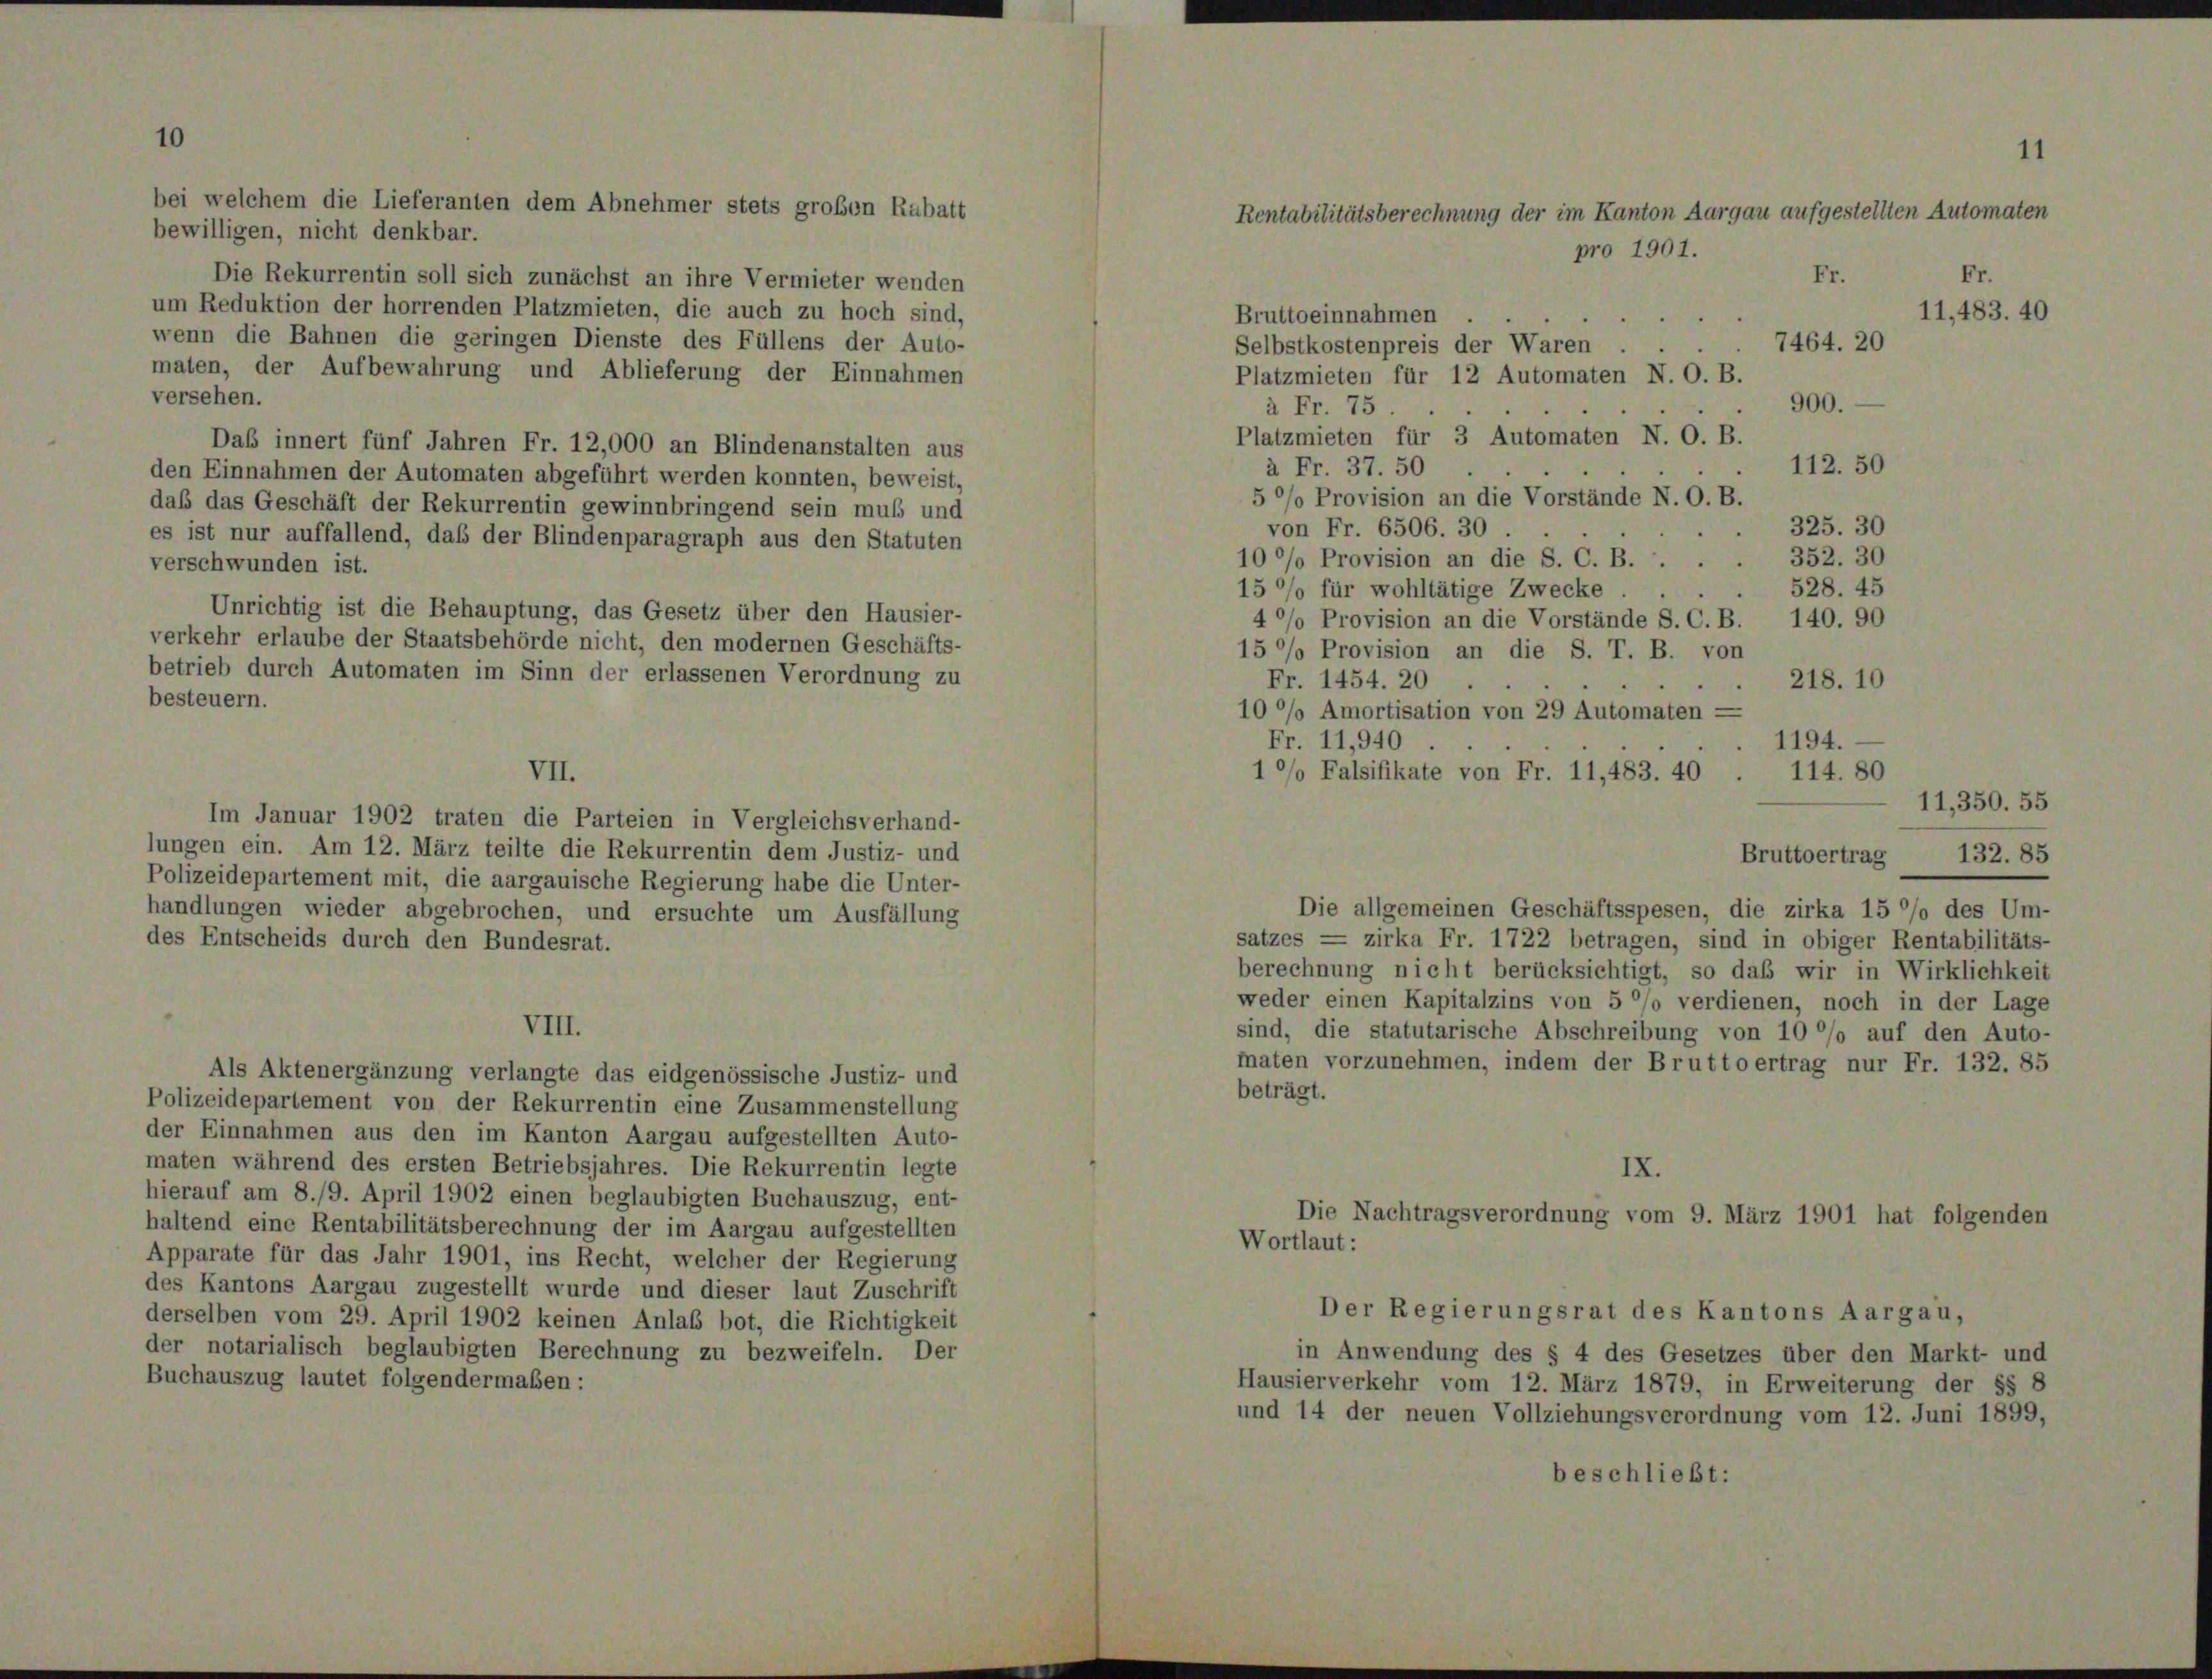
10

bei welchem die Lieferanten dem Abnehmer stets großen Rabatt

bewilligen, nicht denkbar.
Die Rekurrentin soll sich zunächst an ihre Vermieter wenden
um Reduktion der horrenden Platzmieten, die auch zu hoch sind,
wenn die Bahnen die geringen Dienste des Füllens der Auto-
maten, der Aufbewahrung und Ablieferung der Einnahmen
versehen.
Daß innert fünf Jahren Fr. 12,000 an Blindenanstalten aus
den Einnahmen der Automaten abgeführt werden konnten, beweist,
daß das Geschäft der Rekurrentin gewinnbringend sein muß und
es ist nur auffallend, daß der Blindenparagraph aus den Statuten
verschwunden ist.
Unrichtig ist die Behauptung, das Gesetz über den Hausier-
verkehr erlaube der Staatsbehörde nicht, den modernen Geschäfts-
betrieb durch Automaten im Sinn der erlassenen Verordnung zu
besteuern.
Im Januar 1902 traten die Parteien in Vergleichsverhand-
lungen ein. Am 12. März teilte die Rekurrentin dem Justiz- und
Polizeidepartement mit, die aargauische Regierung habe die Unter-
handlungen wieder abgebrochen, und ersuchte um Ausfällung
des Entscheids durch den Bundesrat.
VIII.
Als Aktenergänzung verlangte das eidgenössische Justiz- und
Polizeidepartement von der Rekurrentin eine Zusammenstellung
der Einnahmen aus den im Kanton Aargau aufgestellten Auto-
maten während des ersten Betriebsjahres. Die Rekurrentin legte
hierauf am 8./9. April 1902 einen beglaubigten Buchauszug, ent-
haltend eine Rentabilitätsberechnung der im Aargau aufgestellten
Apparate für das Jahr 1901, ins Recht, welcher der Regierung
des Kantons Aargau zugestellt wurde und dieser laut Zuschrift
derselben vom 29. April 1902 keinen Anlaß bot, die Richtigkeit
der notarialisch beglaubigten Berechnung zu bezweifeln. Der
Buchauszug lautet folgendermaßen:

VII.

11
Rentabilitätsberechnung der im Kanton Aargau aufgestellten Automaten
pro 1901.
Fr.
Fr.
11,483. 40

Bruttoeinnahmen
Selbstkostenpreis der Waren
Platzmieten für 12 Automaten N. O. B.
à Fr. 75
Platzmieten für 3 Automaten N. O. B.
112. 50
à Fr. 37. 50
5°/o Provision an die Vorstände N. O. B.
325. 30
von Fr. 6506. 30.
352. 30
10%% Provision an die S. C. B. . .
528. 45
15%% für wohltätige Zwecke
40% Provision an die Vorstände S. C. B. 140. 90
15 % Provision an die S. T. B. von
Fr. 1454. 20.
e
10 °/o Amortisation von 29 Automaten —
Fr. 11,940
1°/o Falsifikate von Fr. 11,483. 40
satzes — zirka Fr. 1722 betragen, sind in obiger Rentabilitäts-
berechnung nicht berücksichtigt, so daß wir in Wirklichkeit
weder einen Kapitalzins von 5 °/o verdienen, noch in der Lage
sind, die statutarische Abschreibung von 10 °/o auf den Auto-
mnaten vorzunehmen, indem der Brutto ertrag nur Fr. 132. 85
beträgt.
IX.
Die Nachtragsverordnung vom 9. März 1901 hat folgenden
Wortlaut:
Der Regierungsrat des Kantons Aargau,
in Anwendung des § 4 des Gesetzes über den Markt- und
Hausierverkehr vom 12. März 1879, in Erweiterung der §§ 8
und 14 der neuen Vollziehungsverordnung vom 12. Juni 1899,
beschließt:

7464. 20
900.

Die allgemeinen Geschäftsspesen, die zirka 15 %% des Um-

218. 10
1194.
114. 80
11,350. 55
132. 85
Bruttoertrag